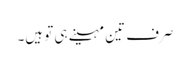
صرف تین مہینے ہی تو ہیں۔